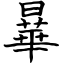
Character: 曅